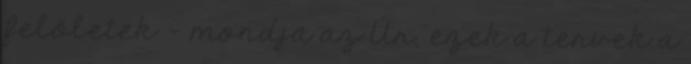
felőletek – mondja az Úr; ezek a tervek a